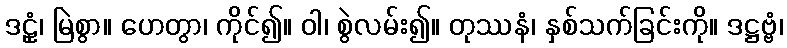
ဒဠုံ၊ မြဲစွာ။ ဟေတွာ၊ ကိုင်၍။ ဝါ၊ စွဲလမ်း၍။ တုဿနံ၊ နှစ်သက်ခြင်းကို။ ဒဋ္ဌဗ္ဗံ၊